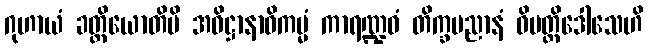
ဂုဟာယံ ခတ္တိယောတိပိ အဓိဋ္ဌာနာဝိကမ္မံ ကာရဏ္ဍဝံ တိက္ခပညာနံ ဝိပတ္တိဒေါသေဟိ